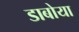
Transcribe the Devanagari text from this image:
डाबोया